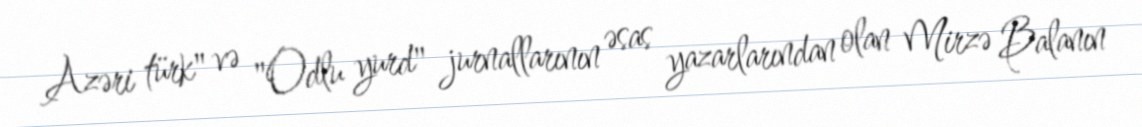
Azəri türk" və "Odlu yurd" jurnallarının əsas yazarlarından olan Mirzə Balanın